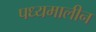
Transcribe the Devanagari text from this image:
पध्यमालीन